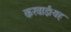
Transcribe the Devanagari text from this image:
करवाई।यह